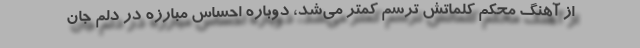
از آهنگ محکم کلماتش ترسم کمتر می‌شد، دوباره احساس مبارزه در دلم جان